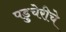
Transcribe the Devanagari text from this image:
पडुचेरीचे